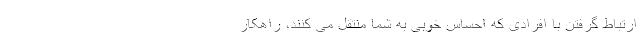
ارتباط گرفتن با افرادی که احساس خوبی به شما منتقل می کنند، راهکار